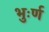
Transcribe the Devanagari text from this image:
भुःर्ण